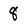
Character: 8